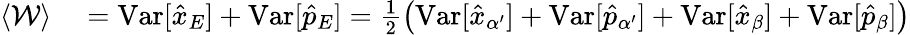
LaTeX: \begin{array}{rl}{\langle\mathcal{W}\rangle}&{{}=\mathrm{Var}[\hat{x}_{E}]+\mathrm{Var}[\hat{p}_{E}]=\frac{1}{2}\left(\mathrm{Var}[\hat{x}_{\alpha^{\prime}}]+\mathrm{Var}[\hat{p}_{\alpha^{\prime}}]+\mathrm{Var}[\hat{x}_{\beta}]+\mathrm{Var}[\hat{p}_{\beta}]\right)}\end{array}